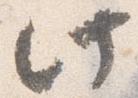
此